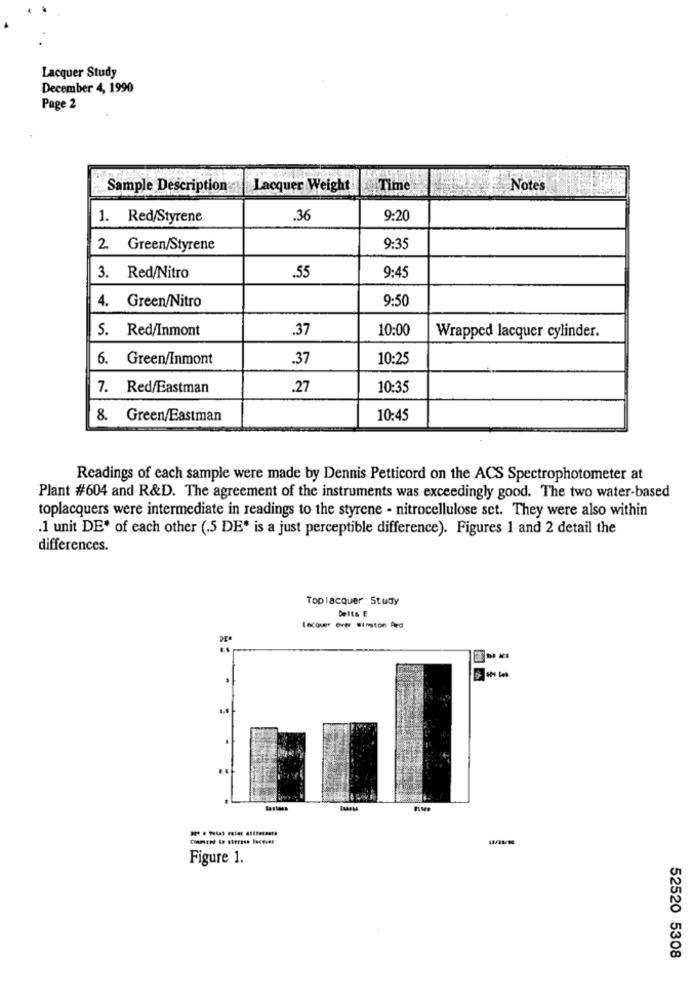
Lacquer Study
December 4, 1990
Page 2
Sample Description
Lacquer Weight
Time
Notes
1. Red/Styrene
.36
9:20
2. Green/Styrene
9:35
3. Red/Nitro
.55
9:45
4. Green/Nitro
9:50
5. Red/Inmont
.37
10:00
Wrapped lacquer cylinder.
6. Green/Inmont
.37
10:25
7. Red/Eastman
.27
10:35
8. Green/Eastman
10:45
Readings of each sample were made by Dennis Petticord on the ACS Spectrophotometer at
Plant #604 and R&D. The agreement of the instruments was exceedingly good. The two water-based
toplacquers were intermediate in readings to the styrene - nitrocellulose set. They were also within
.1 unit DE' of each other (.5 DE' is a just perceptible difference). Figures 1 and 2 detail the
differences.
Toplacquer Study
Deits E
Locover over Winston Red
Figure 1.
52520 5308